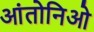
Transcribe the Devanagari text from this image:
आंतोनिओ